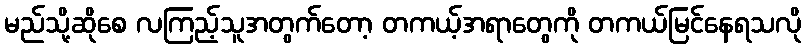
မည်သို့ဆိုစေ လကြည့်သူအတွက်တော့ တကယ့်အရာတွေကို တကယ်မြင်နေရသလို